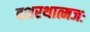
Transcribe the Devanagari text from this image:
दशरथात्मजः